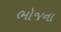
ભોજના